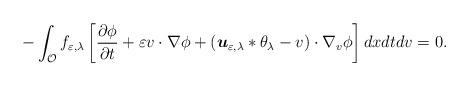
LaTeX: \begin{align*}-\int_{\mathcal{O}}f_{\varepsilon ,\lambda }\left[ \frac{\partial \phi }{\partial t}+\varepsilon v\cdot \nabla \phi +(\boldsymbol{u}_{\varepsilon,\lambda }\ast \theta _{\lambda }-v)\cdot \nabla _{v}\phi \right] dxdtdv=0.\end{align*}